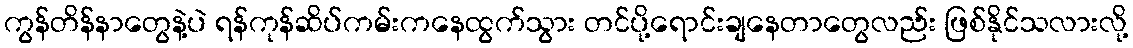
ကွန်တိန်နာတွေနဲ့ပဲ ရန်ကုန်ဆိပ်ကမ်းကနေထွက်သွား တင်ပို့ရောင်းချနေတာတွေလည်း ဖြစ်နိုင်သလားလို့